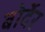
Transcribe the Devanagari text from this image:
बोर्देर